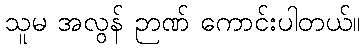
သူမ အလွန် ဉာဏ် ကောင်းပါတယ်။